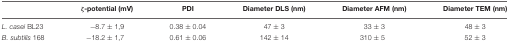
<table><thead><tr><td></td><td><b>ζ-potential (mV)</b></td><td><b>PDI</b></td><td><b>Diameter DLS (nm)</b></td><td><b>Diameter AFM (nm)</b></td><td><b>Diameter TEM (nm)</b></td></tr></thead><tbody><tr><td><i>L. casei</i> BL23</td><td>–8.7 ± 1,9</td><td>0.38 ± 0.04</td><td>47 ± 3</td><td>33 ± 3</td><td>48 ± 3</td></tr><tr><td><i>B. subtilis</i> 168</td><td>–18.2 ± 1,7</td><td>0.61 ± 0.06</td><td>142 ± 14</td><td>310 ± 5</td><td>52 ± 3</td></tr></tbody></table>